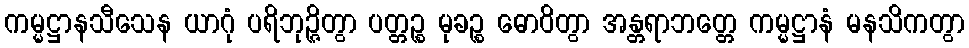
ကမ္မဋ္ဌာနသီသေန ယာဂုံ ပရိဘုဉ္ဇိတွာ ပတ္တဉ္စ မုခဉ္စ ဓောဝိတွာ အန္တရာဘတ္တေ ကမ္မဋ္ဌာနံ မနသိကတွာ